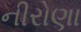
નીરોણા